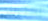
إحترس